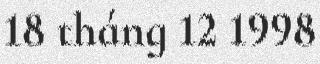
18 tháng 12 1998